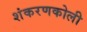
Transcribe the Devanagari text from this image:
शंकरणकोली